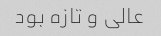
عالی و تازه بود